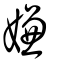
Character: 嫌